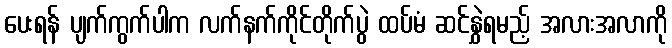
ပေးရန် ပျက်ကွက်ပါက လက်နက်ကိုင်တိုက်ပွဲ ထပ်မံ ဆင်နွှဲရမည့် အလားအလာကို